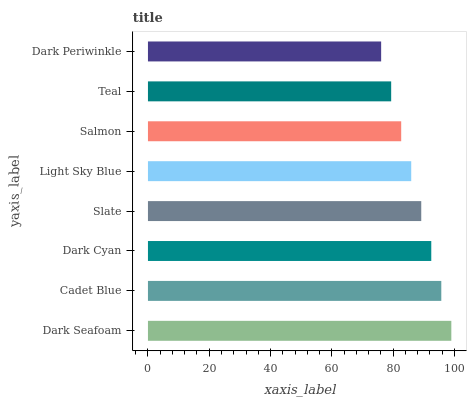
| yaxis_label | bars |
 | --- | --- |
 | Dark Seafoam | 99 |
 | Cadet Blue | 95.7 |
 | Dark Cyan | 92.5 |
 | Slate | 89.2 |
 | Light Sky Blue | 85.9 |
 | Salmon | 82.6 |
 | Teal | 79.4 |
 | Dark Periwinkle | 76.1 |